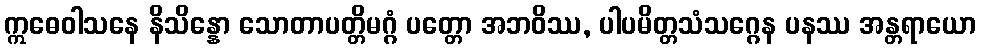
ဣဓေဝါသနေ နိသိန္နော သောတာပတ္တိမဂ္ဂံ ပတ္တော အဘဝိဿ, ပါပမိတ္တသံသဂ္ဂေန ပနဿ အန္တရာယော